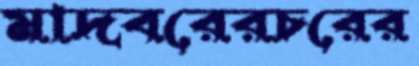
মাদবরেরচরের